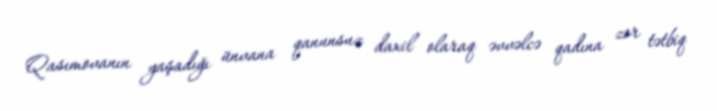
Qasımovanın yaşadığı ünvana qanunsuz daxil olaraq əvvəlcə qadına zor tətbiq